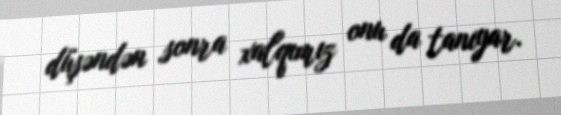
düşəndən sonra xalqımız onu da tanıyar.